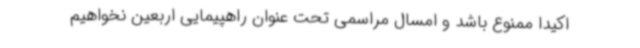
اکیدا ممنوع باشد و امسال مراسمی تحت عنوان راهپیمایی اربعین نخواهیم